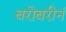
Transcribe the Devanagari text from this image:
बरोबरीनं